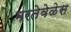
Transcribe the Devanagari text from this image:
मरतेवेळेस